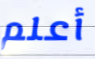
أعلم